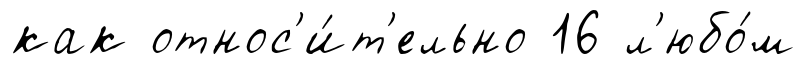
как относ'и́т'ельно 16 л'юбо́м